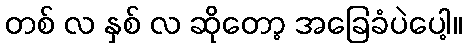
တစ် လ နှစ် လ ဆိုတော့ အခြေခံပဲပေါ့။